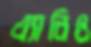
এ্যানিও